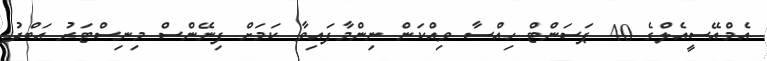
އެމްއޭސީއެލްގެ 40 ޕަސަންޓް ހިއްސާ ވިއްކަން ނިންމާފައިވާ ކަމަށް ފިނޭންސް މިނިސްޓަރު އަބްދު